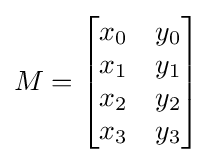
M={\begin{bmatrix}x_{0}&y_{0}\\x_{1}&y_{1}\\x_{2}&y_{2}\\x_{3}&y_{3}\end{bmatrix}}